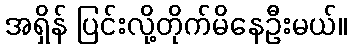
အရှိန် ပြင်းလို့တိုက်မိနေဦးမယ်။